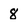
Character: 8